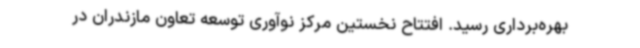
بهره‌برداری رسید. افتتاح نخستین مرکز نوآوری توسعه تعاون مازندران در